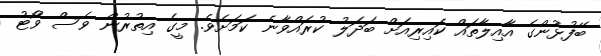
ބޭފުޅުންގެ އާއިލާތައް ކައިރިއަށް ބަދަލު ކުރައްވާނެ ކަމަށެވެ. މީގެ އިތުރުން ވެސް ވޯޓު